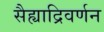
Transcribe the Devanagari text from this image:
सैह्याद्रिवर्णन